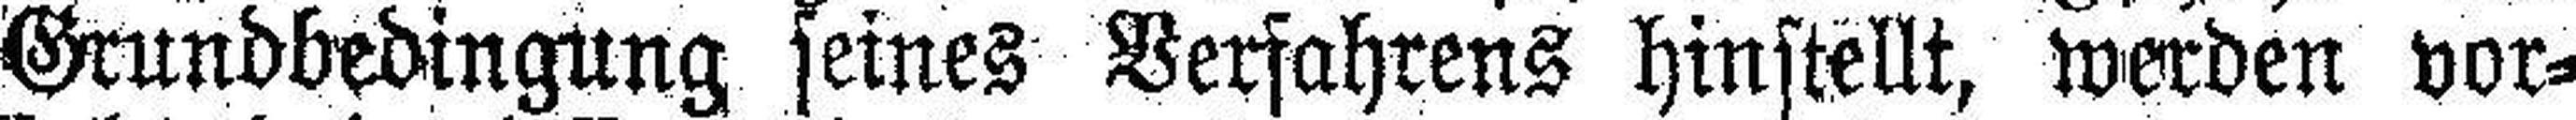
Grundbedingung seines Verfahrens hinstellt, werden vor¬